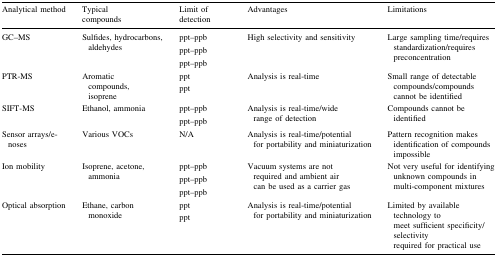
<table><thead><tr><td><b>Analytical method</b></td><td><b>Typical compounds</b></td><td><b>Limit of detection</b></td><td><b>Advantages</b></td><td><b>Limitations</b></td></tr></thead><tbody><tr><td>GC–MS</td><td>Sulfides, hydrocarbons, aldehydes</td><td>ppt–ppbppt–ppbppt–ppb</td><td>High selectivity and sensitivity</td><td>Large sampling time/requires standardization/requires preconcentration</td></tr><tr><td>PTR-MS</td><td>Aromatic compounds, isoprene</td><td>pptppt</td><td>Analysis is real-time</td><td>Small range of detectable compounds/compounds cannot be identified</td></tr><tr><td>SIFT-MS</td><td>Ethanol, ammonia</td><td>ppt–ppbppt–ppb</td><td>Analysis is real-time/wide range of detection</td><td>Compounds cannot be identified</td></tr><tr><td>Sensor arrays/e-noses</td><td>Various VOCs</td><td>N/A</td><td>Analysis is real-time/potential for portability and miniaturization</td><td>Pattern recognition makes identification of compounds impossible</td></tr><tr><td>Ion mobility</td><td>Isoprene, acetone, ammonia</td><td>ppt–ppbppt–ppbppt–ppb</td><td>Vacuum systems are not required and ambient air can be used as a carrier gas</td><td>Not very useful for identifying unknown compounds in multi-component mixtures</td></tr><tr><td>Optical absorption</td><td>Ethane, carbon monoxide</td><td>pptppt</td><td>Analysis is real-time/potential for portability and miniaturization</td><td>Limited by available technology to meet sufficient specificity/selectivity required for practical use</td></tr></tbody></table>